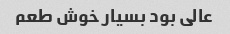
عالی بود بسیار خوش طعم